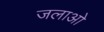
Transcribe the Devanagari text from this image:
जलाओ